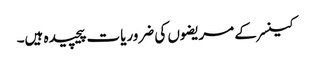
کینسر کے مریضوں کی ضروریات پیچیدہ ہیں۔